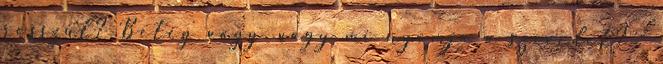
rosszul? Beteg vagy, vagy mi nyomja a szívedet? -